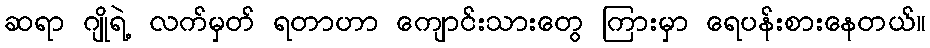
ဆရာ ဂျိုရဲ့ လက်မှတ် ရတာဟာ ကျောင်းသားတွေ ကြားမှာ ရေပန်းစားနေတယ်။